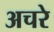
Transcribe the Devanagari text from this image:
अचरे